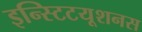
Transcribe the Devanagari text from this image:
इन्स्टिटयूशनस